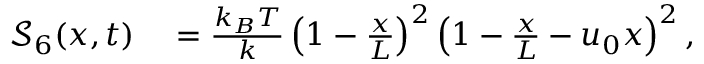
\begin{array} { r l } { \mathcal { S } _ { 6 } ( x , t ) } & { { } = \frac { k _ { B } T } { k } \left( 1 - \frac { x } { L } \right) ^ { 2 } \left( 1 - \frac { x } { L } - u _ { 0 } x \right) ^ { 2 } , } \end{array}